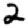
Digit: 2